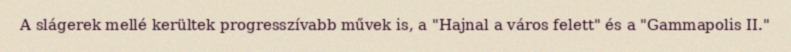
A slágerek mellé kerültek progresszívabb művek is, a "Hajnal a város felett" és a "Gammapolis II."